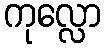
ကုလ္လော